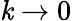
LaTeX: \mathit{k}\rightarrow0